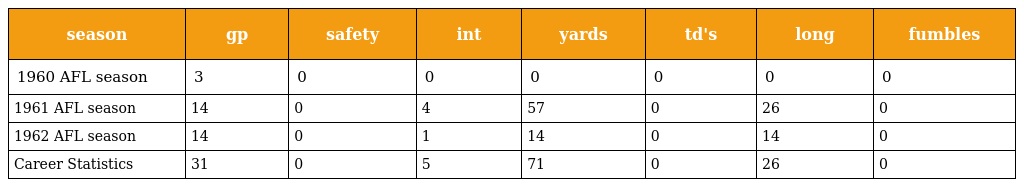
| season | gp | safety | int | yards | td's | long | fumbles |
 | --- | --- | --- | --- | --- | --- | --- | --- |
 | 1960 AFL season | 3 | 0 | 0 | 0 | 0 | 0 | 0 |
 | 1961 AFL season | 14 | 0 | 4 | 57 | 0 | 26 | 0 |
 | 1962 AFL season | 14 | 0 | 1 | 14 | 0 | 14 | 0 |
 | Career Statistics | 31 | 0 | 5 | 71 | 0 | 26 | 0 |